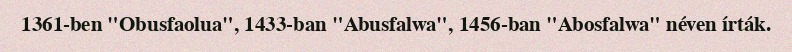
1361-ben "Obusfaolua", 1433-ban "Abusfalwa", 1456-ban "Abosfalwa" néven írták.